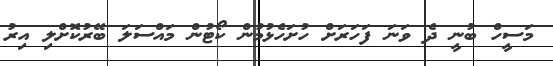
މަސީހް ބުނީ ދެ ވަނަ ފަހަރަށް ހުށަހެޅުމުން ކޯޓުން މައްސަލަ ބޭރުކޮށްލި އިރު